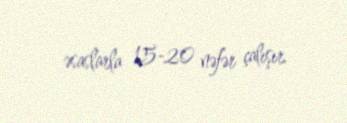
əsaslarla 15-20 nəfər çalışır.